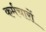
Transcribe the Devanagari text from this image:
कर्मचारों